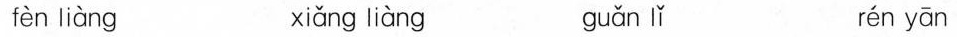
fèn liàng xiǎng liàng guǎn lǐ rén yān